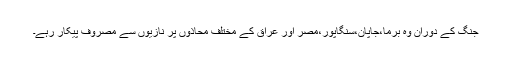
جنگ کے دوران وہ برما،جاپان،سنگاپور،مصر اور عراق کے مختلف محاذوں پر نازیوں سے مصروف پیکار رہے۔